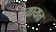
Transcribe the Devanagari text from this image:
स्यायत्त